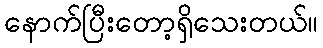
နောက်ပြီးတော့ရှိသေးတယ်။